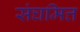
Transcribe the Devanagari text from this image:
संघमित्त